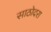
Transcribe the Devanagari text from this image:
साठोदरा